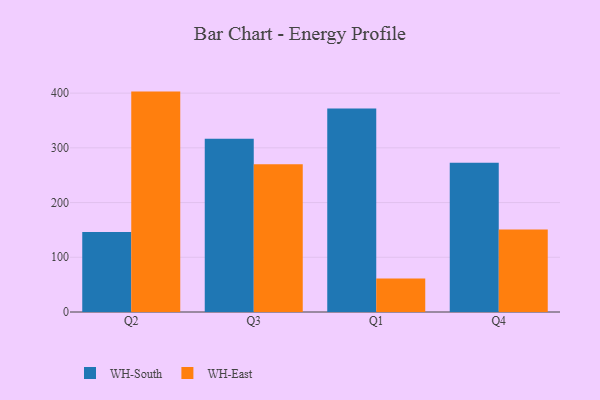
{"axis": {"x": "Quarter", "y": "Customer Acquisition Cost (USD)"}, "legend": ["WH-East", "WH-South"], "data": [{"x": "Q2", "y": 146.3, "type": "WH-South"}, {"x": "Q2", "y": 402.8, "type": "WH-East"}, {"x": "Q3", "y": 316.7, "type": "WH-South"}, {"x": "Q3", "y": 270.1, "type": "WH-East"}, {"x": "Q1", "y": 371.8, "type": "WH-South"}, {"x": "Q1", "y": 61.3, "type": "WH-East"}, {"x": "Q4", "y": 272.6, "type": "WH-South"}, {"x": "Q4", "y": 150.7, "type": "WH-East"}]}